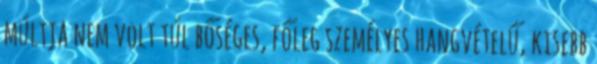
múltja nem volt túl bőséges, főleg személyes hangvételű, kisebb